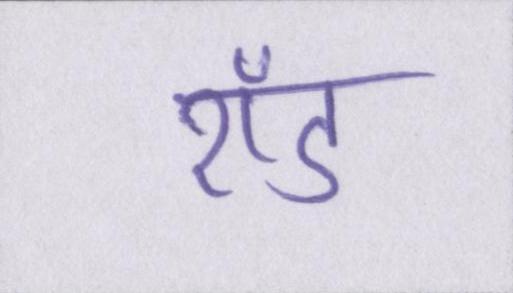
रॉड